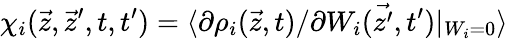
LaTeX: \chi_{i}(\vec{z},\vec{z}^{\prime},t,t^{\prime})=\langle\partial\rho_{i}(\vec{z},t)/\partial W_{i}(\vec{z^{\prime}},t^{\prime})|_{W_{i}=0}\rangle